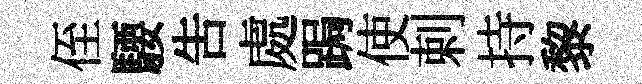
侄騕告處跼使剌持黎